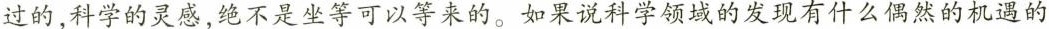
过的，科学的灵感，绝不是坐等可以等来的。如果说科学领域的发现有什么偶然的机遇的